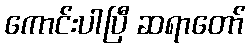
ကောင်းပါပြီ ဆရာတော်